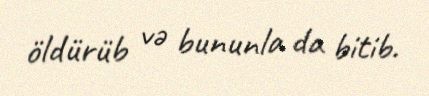
öldürüb və bununla da bitib.